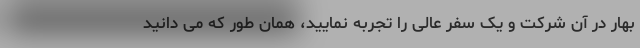
بهار در آن شرکت و یک سفر عالی را تجربه نمایید، همان طور که می دانید